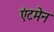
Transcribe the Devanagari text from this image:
एंटमेन